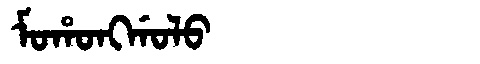
Manchu: ᠮᠣᡥᠣᠩᡤᠣᠯᠣ
Romanization: MOHONGGOLO